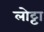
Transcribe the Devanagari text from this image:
लोट्टा